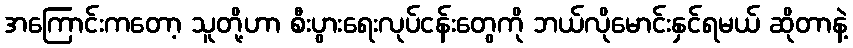
အကြောင်းကတော့ သူတို့ဟာ စီးပွားရေးလုပ်ငန်းတွေကို ဘယ်လိုမောင်းနှင်ရမယ် ဆိုတာနဲ့